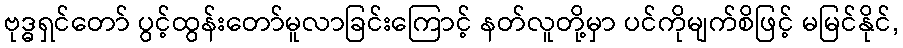
ဗုဒ္ဓရှင်တော် ပွင့်ထွန်းတော်မူလာခြင်းကြောင့် နတ်လူတို့မှာ ပင်ကိုမျက်စိဖြင့် မမြင်နိုင်,